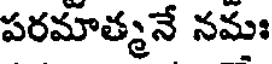
పరమాత్మనే నమః